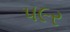
પ૯ર